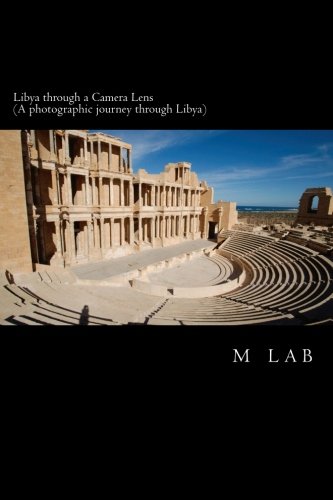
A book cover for Libya through a Camera Lens (A photographic journey through Libya); m lab; Travel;